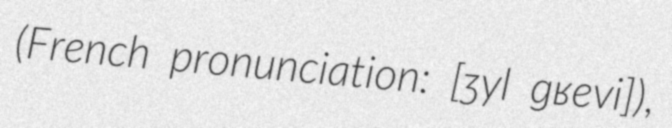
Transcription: (French pronunciation: ​[ʒyl ɡʁevi]),